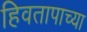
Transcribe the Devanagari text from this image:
हिवतापाच्या